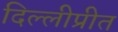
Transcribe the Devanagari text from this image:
दिल्लीप्रीत